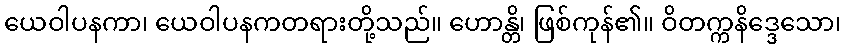
ယေဝါပနကာ၊ ယေဝါပနကတရားတို့သည်။ ဟောန္တိ၊ ဖြစ်ကုန်၏။ ဝိတက္ကနိဒ္ဒေသော၊